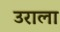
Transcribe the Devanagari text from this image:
उराला